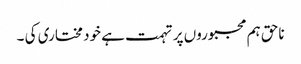
ناحق ہم مجبوروں پر تہمت ہے خود مختاری کی ۔